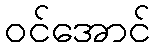
ဝင်အောင်